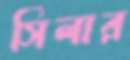
সিলার